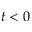
t < 0